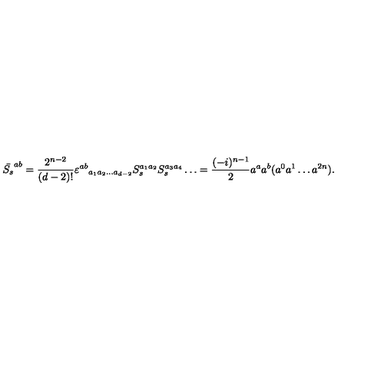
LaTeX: \bar { S _ { s } } ^ { a b } = \frac { 2 ^ { n - 2 } } { ( d - 2 ) ! } \varepsilon ^ { a b } { } _ { a _ { 1 } a _ { 2 } \ldots a _ { d - 2 } } S _ { s } ^ { a _ { 1 } a _ { 2 } } S _ { s } ^ { a _ { 3 } a _ { 4 } } \ldots = \frac { ( - i ) ^ { n - 1 } } { 2 } a ^ { a } a ^ { b } ( a ^ { 0 } a ^ { 1 } \ldots a ^ { 2 n } ) .